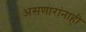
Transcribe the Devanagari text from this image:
असणारांनाही